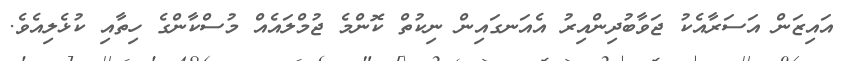
އައިޒަން އަސަރާއެކު ޖަވާބުދިންއިރު އެއަނގައިން ނިކުތް ކޮންމެ ޖުމްލައެއް މުސްކާންގެ ހިތާއި ކުޅެލިއެވެ.